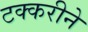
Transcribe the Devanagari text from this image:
टक्करीने